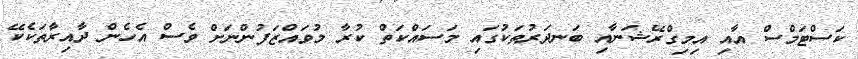
ކަސްޓަމްސް އާއި އިމިގްރޭޝަނާއި ބަނދަރުތަކުގައި މަސައްކަތް ކުރާ މުވައްޒަފުންނަށް ވެސް އެހެން ދާއިރާތަކެކޭ